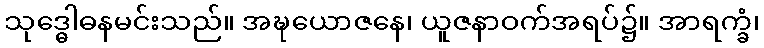
သုဒ္ဓေါဓနမင်းသည်။ အဍ္ဎယောဇနေ၊ ယူဇနာဝက်အရပ်၌။ အာရက္ခံ၊